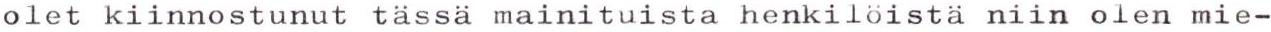
olet kiinnostunut tässä mainituista henkilöistä niin olen mie-